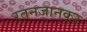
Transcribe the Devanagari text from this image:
रतनजानकर